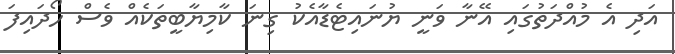
އަދި އެ މުއްދަތުގައި އޭނާ ވަނީ ޔުނައިޓެޑާއެކު ގިނަ ކާމިޔާބީތަކެއް ވެސް ހޯދައިފަ